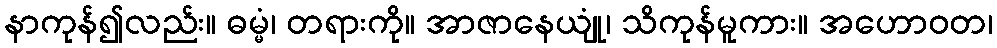
နာကုန်၍လည်း။ ဓမ္မံ၊ တရားကို။ အာဇာနေယျုံ၊ သိကုန်မူကား။ အဟောဝတ၊